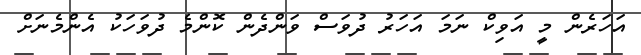
އަހަރެން މީ އަވިކް ނަމަ އަހަރު ދުުވަސް ވަންދެން ކޮންމެ ދުވަހަކު އެންމެނަށް